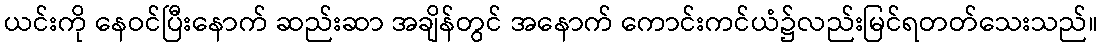
ယင်းကို နေဝင်ပြီးနောက် ဆည်းဆာ အချိန်တွင် အနောက် ကောင်းကင်ယံ၌လည်းမြင်ရတတ်သေးသည်။